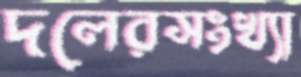
দলেরসংখ্যা